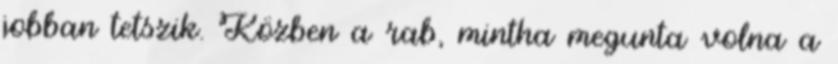
jobban tetszik. Közben a rab, mintha megunta volna a